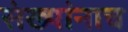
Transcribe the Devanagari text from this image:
संख्यांनाच